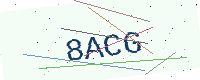
Text: 8ACG